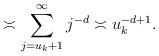
LaTeX: \begin{align*}\asymp \sum_{j=u_k+1}^\infty j^{-d} \asymp u_k^{-d+1}.\end{align*}